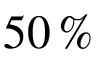
5 0 \, \%